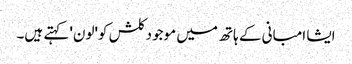
ایشا امبانی کے ہاتھ میں موجود کلش کو'لون' کہتے ہیں۔